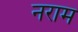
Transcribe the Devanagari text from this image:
नराम